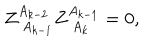
LaTeX: Z _ { \; A _ { k - 1 } } ^ { A _ { k - 2 } } Z _ { \; A _ { k } } ^ { A _ { k - 1 } } = 0 ,